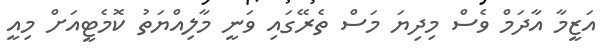
އަޒީމާ އާދަމް ވެސް މިދިޔަ މަސް ތެރޭގައި ވަނީ މާލިއްޔަތު ކޮމެޓީއަށް މިއީ